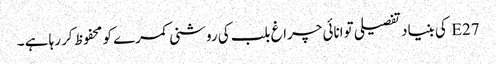
E27 کی بنیاد تفصیلی توانائی چراغ بلب کی روشنی کمرے کو محفوظ کر رہا ہے ۔